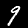
Digit: 9